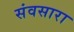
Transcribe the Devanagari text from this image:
संवसारा